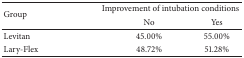
<table><thead><tr><td rowspan="2"><b>Group</b></td><td colspan="2"><b>Improvement of intubation conditions</b></td></tr><tr><td><b>No</b></td><td><b>Yes</b></td></tr></thead><tbody><tr><td>Levitan</td><td>45.00%</td><td>55.00%</td></tr><tr><td>Lary-Flex</td><td>48.72%</td><td>51.28%</td></tr></tbody></table>